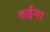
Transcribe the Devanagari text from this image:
रुईना